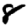
Digit: 8